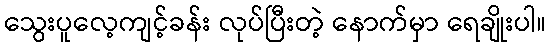
သွေးပူလေ့ကျင့်ခန်း လုပ်ပြီးတဲ့ နောက်မှာ ရေချိုးပါ။